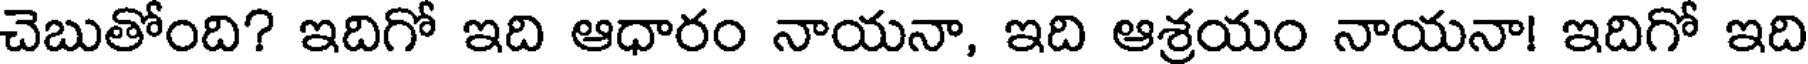
చెబుతోంది? ఇదిగో ఇది ఆధారం నాయనా, ఇది ఆశ్రయం నాయనా! ఇదిగో ఇది